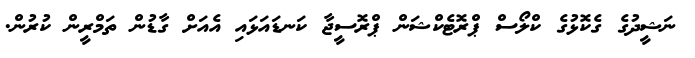
ނަޝީދުގެ ގެކޮޅުގެ ކްލޯސް ޕްރޮޓެކްޝަން ޕްރޮސީޖާ ކަނޑައަޅައި އެއަށް ގާޑުން ތަމްރީން ކުރުން.